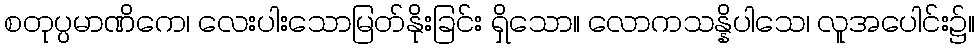
စတုပ္ပမာဏိကေ၊ လေးပါးသောမြတ်နိုးခြင်း ရှိသော။ လောကသန္နိပါသေ၊ လူအပေါင်း၌။